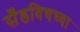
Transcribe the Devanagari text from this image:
सँडविचच्या